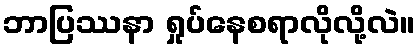
ဘာပြဿနာ ရှုပ်နေစရာလိုလို့လဲ။